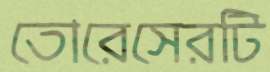
তোরেসেরটি